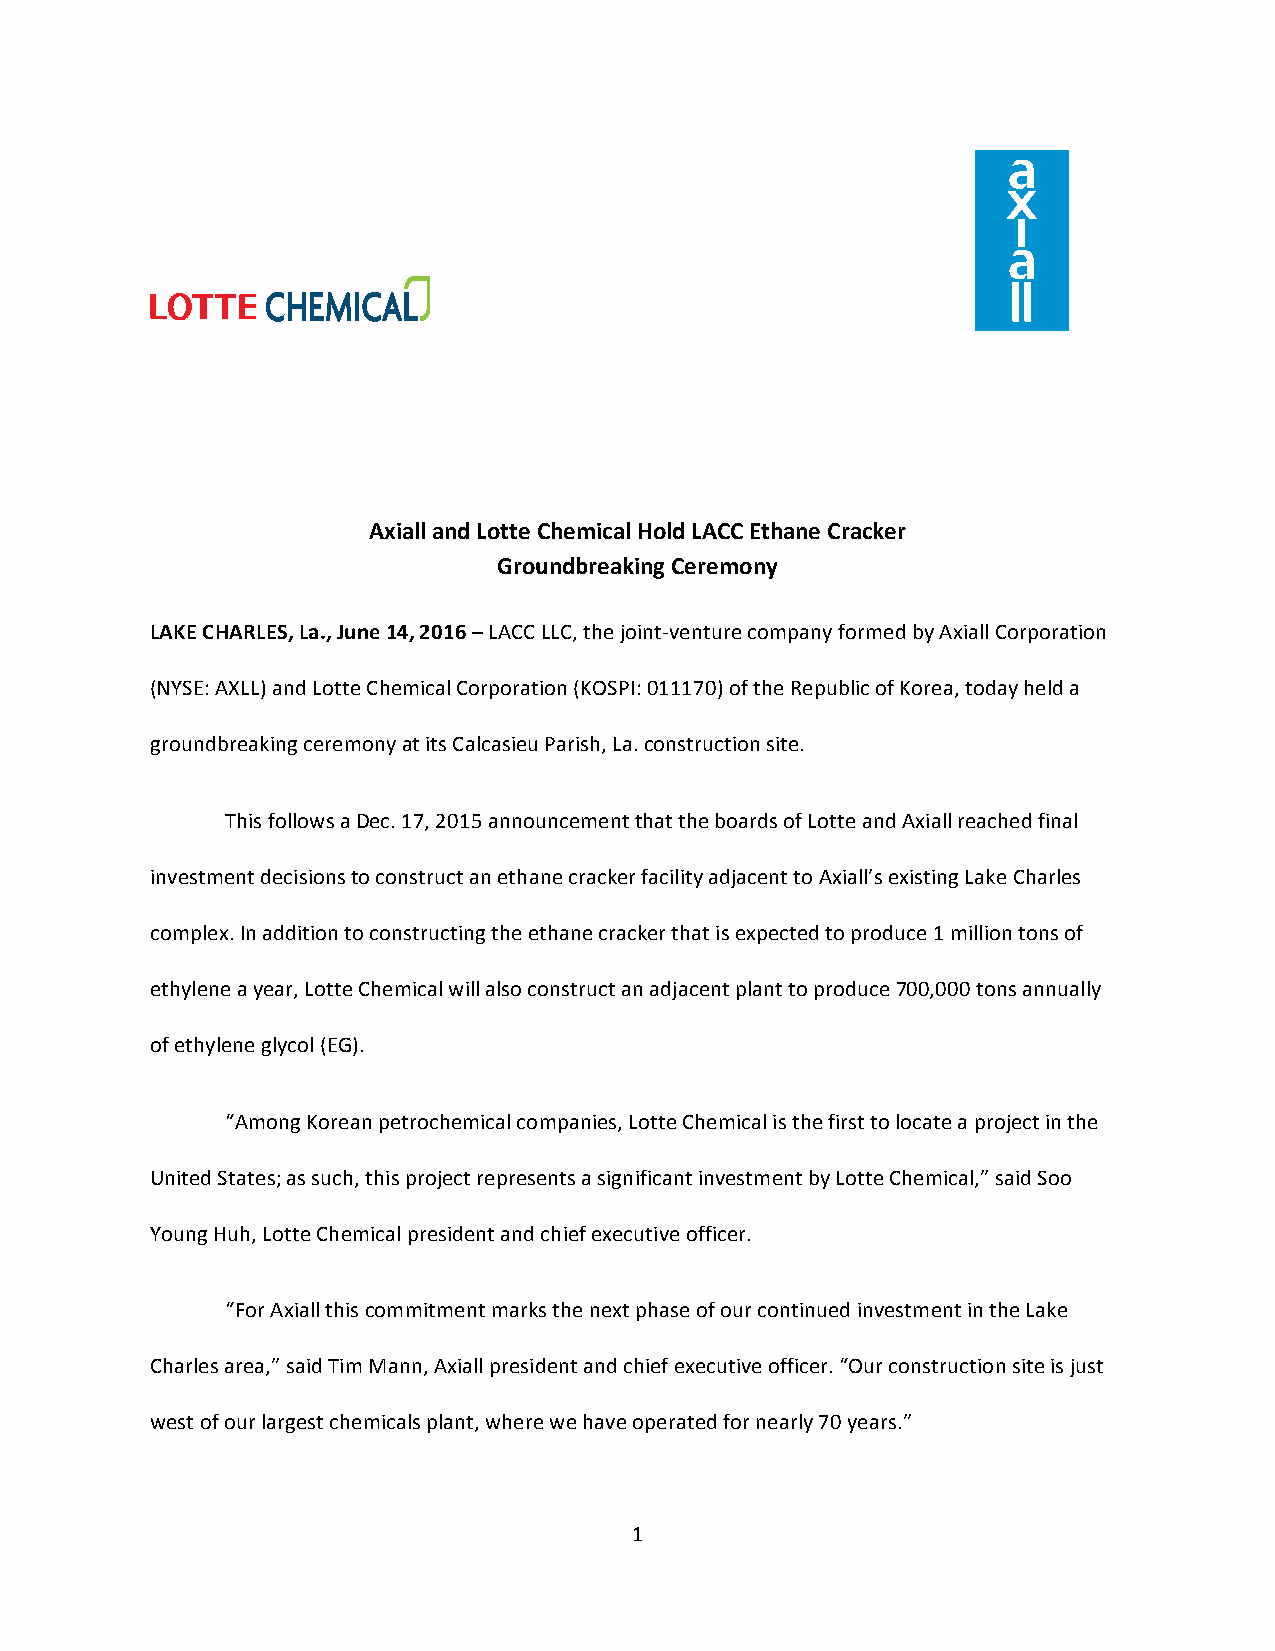
Axiall and Lotte Chemical Hold LACC Ethane Cracker
 Groundbreaking Ceremony
 LAKE CHARLES, La., June 14, 2016 – LACC LLC, the joint-venture company formed by Axiall Corporation
 (NYSE: AXLL) and Lotte Chemical Corporation (KOSPI: 011170) of the Republic of Korea, today held a
 groundbreaking ceremony at its Calcasieu Parish, La. construction site.
 This follows a Dec. 17, 2015 announcement that the boards of Lotte and Axiall reached final
 investment decisions to construct an ethane cracker facility adjacent to Axiall’s existing Lake Charles
 complex. In addition to constructing the ethane cracker that is expected to produce 1 million tons of
 ethylene a year, Lotte Chemical will also construct an adjacent plant to produce 700,000 tons annually
 of ethylene glycol (EG).
 “Among Korean petrochemical companies, Lotte Chemical is the first to locate a project in the
 United States; as such, this project represents a significant investment by Lotte Chemical,” said Soo
 Young Huh, Lotte Chemical president and chief executive officer.
 “For Axiall this commitment marks the next phase of our continued investment in the Lake
 Charles area,” said Tim Mann, Axiall president and chief executive officer. “Our construction site is just
 west of our largest chemicals plant, where we have operated for nearly 70 years.”
 1